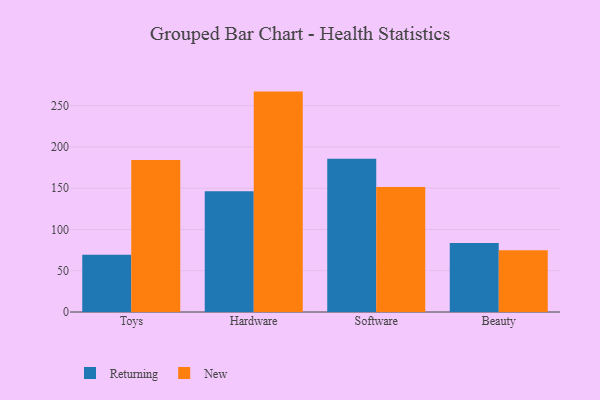
{"axis": {"x": "Category", "y": "Satisfaction Score"}, "legend": ["New", "Returning"], "data": [{"x": "Toys", "y": 69.5, "type": "Returning"}, {"x": "Toys", "y": 184.1, "type": "New"}, {"x": "Hardware", "y": 146.4, "type": "Returning"}, {"x": "Hardware", "y": 267.0, "type": "New"}, {"x": "Software", "y": 185.7, "type": "Returning"}, {"x": "Software", "y": 151.5, "type": "New"}, {"x": "Beauty", "y": 83.5, "type": "Returning"}, {"x": "Beauty", "y": 74.8, "type": "New"}]}